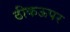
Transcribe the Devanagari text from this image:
ठीकऊपर